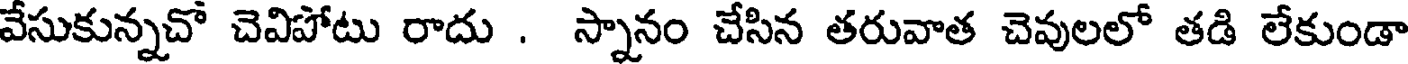
వేసుకున్నచో చెవిపోటు రాదు . స్నానం చేసిన తరువాత చెవులలో తడి లేకుండా